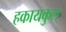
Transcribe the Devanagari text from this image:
हकायकुल्